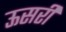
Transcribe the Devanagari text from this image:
ऊसरी